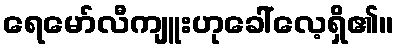
ရေမော်လီကျူးဟုခေါ်လေ့ရှိ၏။